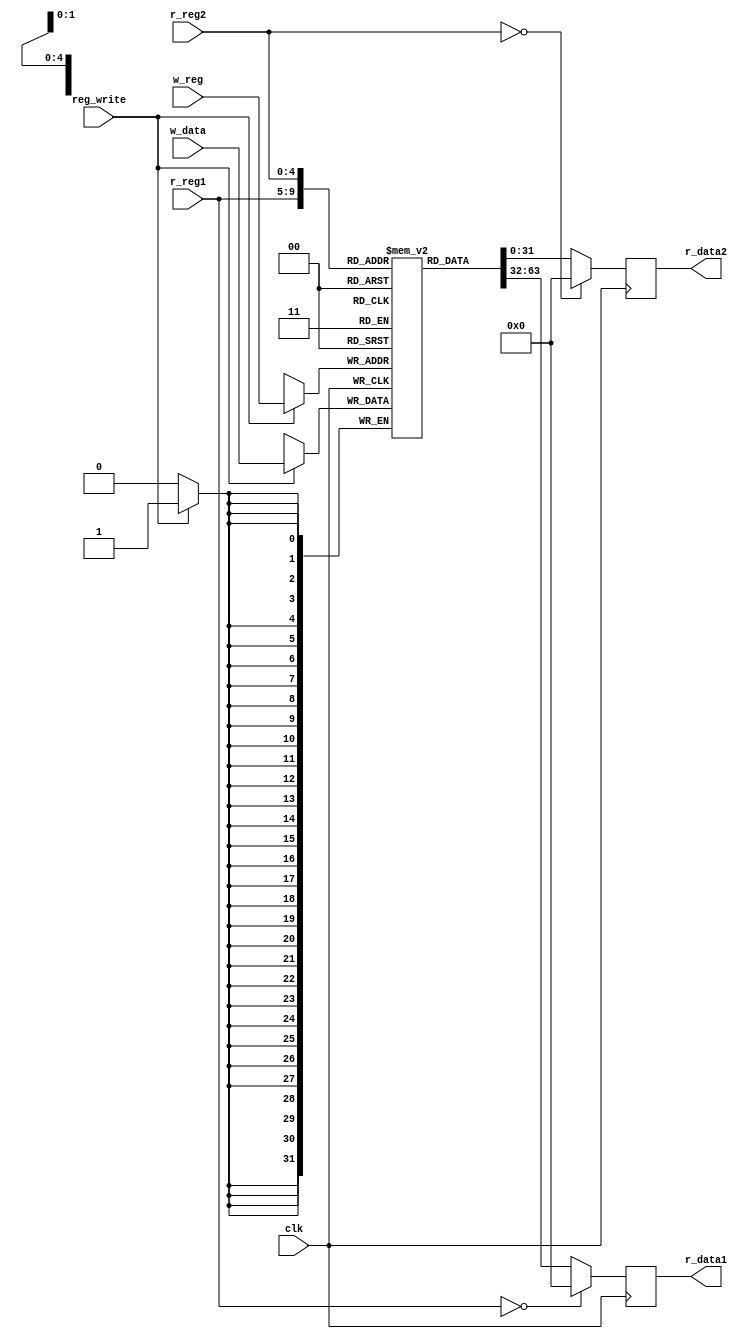
module RegFile(
    clk, 
    r_reg1, 
    r_reg2, 
    w_reg, 
    w_data, 
    r_data1, 
    r_data2, 
    reg_write
);
    input clk;
    input reg_write;
    input [4:0] r_reg1;
    input [4:0] r_reg2;
    input [4:0] w_reg;
    input [31:0] w_data;
    output [31:0]   r_data1;
    output [31:0]   r_data2;
    
    reg [31:0] reg_mem [0:31];
    
    always @(posedge clk)
        begin
            if(reg_write)
                reg_mem[w_reg] <= w_data;
            if(r_reg1 == 5'b0)
                r_data1 <= 32'b0;
            else
                r_data1 <= reg_mem[r_reg1];
            if(r_reg2 == 5'b0)
                r_data2 <= 5'b0;
            else
                r_data2 <= reg_mem[r_reg2];
        end
endmodule